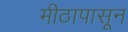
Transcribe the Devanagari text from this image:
मीठापासून